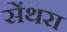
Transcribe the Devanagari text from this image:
सेंथरा